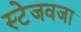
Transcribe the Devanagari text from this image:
स्टेजवजा